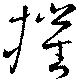
摧